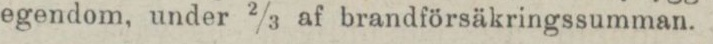
egendom, under 2/3 af brandförsäkringssumman.